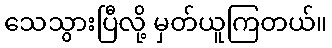
သေသွားပြီလို့ မှတ်ယူကြတယ်။